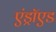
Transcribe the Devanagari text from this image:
एंड्राॅएड